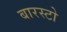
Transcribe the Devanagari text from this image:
बारस्टो